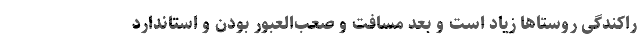
راکندگی روستاها زیاد است و بعد مسافت و صعب‌العبور بودن و استاندارد